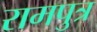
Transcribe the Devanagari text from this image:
रामपुत्र